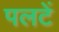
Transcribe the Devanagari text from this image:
पलटें